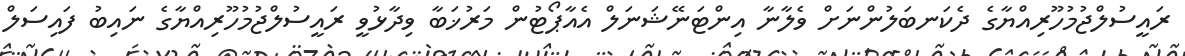
ރައީސުލްޖުމުހޫރިއްޔާގެ ދެކަނބަލުންނަަށް ވެލާނާ އިންޓަނޭޝަނަލް އެއާޕޯޓުން މަރުޚަބާ ވިދާޅުވީ ރައީސުލްޖުމުހޫރިއްޔާގެ ނައިބު ފައިސަލް